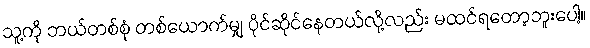
သူ့ကို ဘယ်တစ်စုံ တစ်ယောက်မျှ ပိုင်ဆိုင်နေတယ်လို့လည်း မထင်ရတော့ဘူးပေါ့။